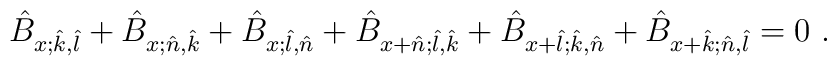
\hat B_{x;\hat k,\hat l} + \hat B_{x;\hat n,\hat k} + \hat B_{x;\hat l,\hat n} + \hat B_{x+\hat n;\hat l,\hat k} + \hat B_{x+\hat l;\hat k,\hat n} + \hat B_{x+\hat k;\hat n,\hat l} =  0 \ .